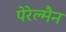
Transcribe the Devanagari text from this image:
पेरेल्मैन